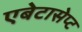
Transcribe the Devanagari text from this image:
एबेटासेप्ट